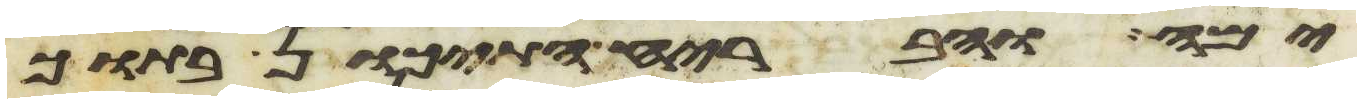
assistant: ימה והבריח התיכון בתוך